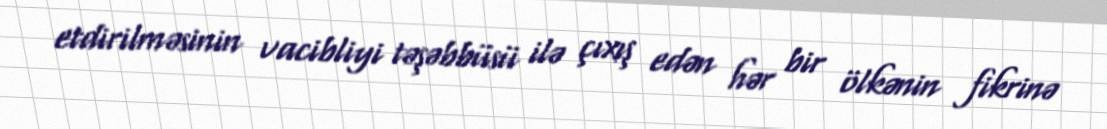
etdirilməsinin vacibliyi təşəbbüsü ilə çıxış edən hər bir ölkənin fikrinə